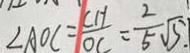
\angle A O C = \frac { C H } { O C } = \frac { 2 } { 5 } \sqrt { 5 . }